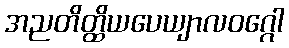
အညတိတ္ထိယပေယျာလဝဂ္ဂေါ